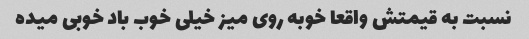
نسبت به قیمتش واقعا خوبه روی میز خیلی خوب باد خوبی میده